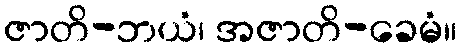
ဇာတိ-ဘယံ၊ အဇာတိ-ခေမံ။